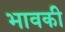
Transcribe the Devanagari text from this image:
भावकी